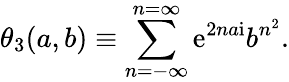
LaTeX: \theta_{3}(a,b)\equiv\sum_{n=-\infty}^{n=\infty}{{\mathrm{e}}}^{2na{\mathrm{i}}}b^{n^{2}}.